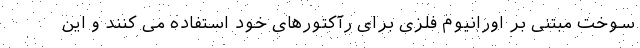
سوخت مبتنی بر اورانیوم فلزی برای رآکتورهای خود استفاده می کنند و این